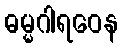
ဓမ္မဂါရဝေန